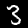
Digit: 3